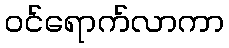
ဝင်ရောက်လာကာ